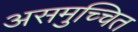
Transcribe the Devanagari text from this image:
असमुच्चित